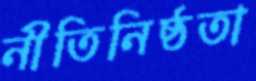
নীতিনিষ্ঠতা